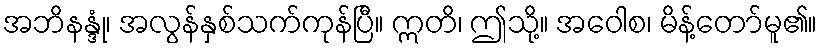
အဘိနန္ဒုံ၊ အလွန်နှစ်သက်ကုန်ပြီ။ ဣတိ၊ ဤသို့။ အဝေါစ၊ မိန့်တော်မူ၏။